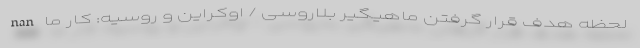
nan لحظه هدف قرار گرفتن ماهیگیر بلاروسی / اوکراین و روسیه: کار ما